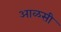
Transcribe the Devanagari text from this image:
आळसी